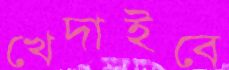
খেদাইবে